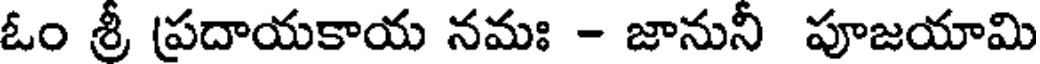
ఓం శ్రీ ప్రదాయకాయ నమః - జానునీ పూజయామి